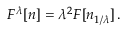
F ^ { \lambda } [ n ] = \lambda ^ { 2 } F [ n _ { 1 / \lambda } ] \, .